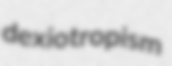
dexiotropism